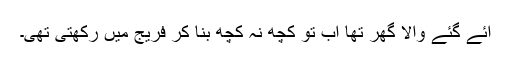
آئے گئے والا گھر تھا اب تو کچھ نہ کچھ بنا کر فریج میں رکھتی تھی۔